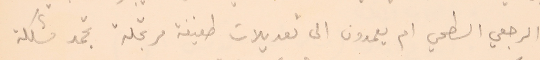
الرجعي السطحي ام يعمدون الى تعديلات طفيفة مرتجلة تجمد مشكلة